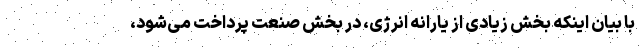
با بیان اینکه بخش زیادی از یارانه انرژی، در بخش صنعت پرداخت می‌شود،